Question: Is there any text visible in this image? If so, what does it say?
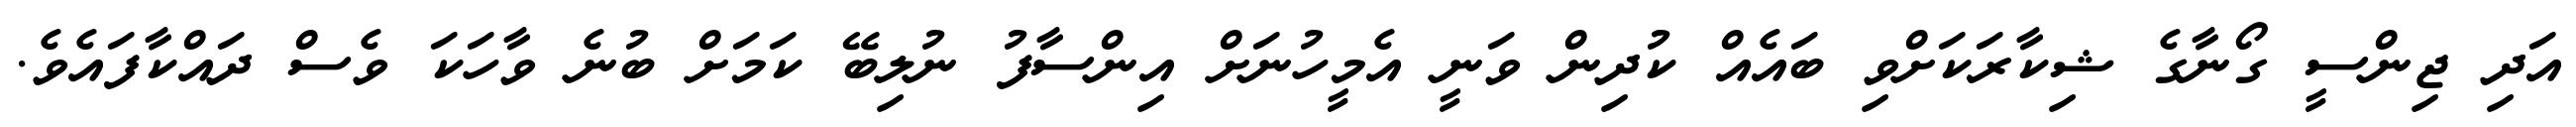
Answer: އަދި ޖިންސީ ގޯނާގެ ޝިކާރަކަށްވި ބައެއް ކުދިން ވަނީ އެމީހުނަށް އިންސާފު ނުލިބޭ ކަމަށް ބުނެ ވާހަކަ ވެސް ދައްކާފައެވެ.